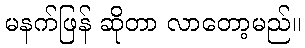
မနက်ဖြန် ဆိုတာ လာတော့မည်။